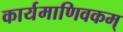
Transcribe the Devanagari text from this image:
कार्यमाणिवकम्